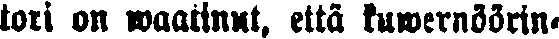
tori on waatinut, että kuwernöörin-